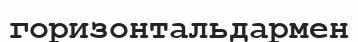
горизонтальдармен